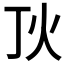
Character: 𤆉